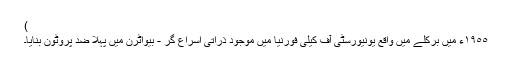
)
١٩٥٥ء میں برکلے میں واقع یونیورسٹی آف کیلی فورنیا میں موجود ذرّاتی اسراع گر - بیواٹرن میں پہلا ضد پروٹون بنایا۔